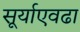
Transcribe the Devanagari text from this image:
सूर्याएवढा